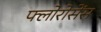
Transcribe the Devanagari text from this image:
फ्लोरोसेंस